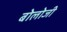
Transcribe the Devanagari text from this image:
बोलोजी